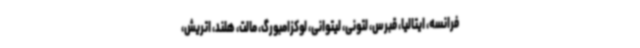
فرانسه، ایتالیا، قبرس، لتونی، لیتوانی، لوکزامبورگ، مالت، هلند، اتریش،